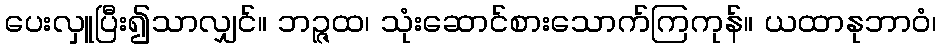
ပေးလှူပြီး၍သာလျှင်။ ဘဉ္ဇထ၊ သုံးဆောင်စားသောက်ကြကုန်။ ယထာနုဘာဝံ၊